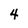
Character: 4